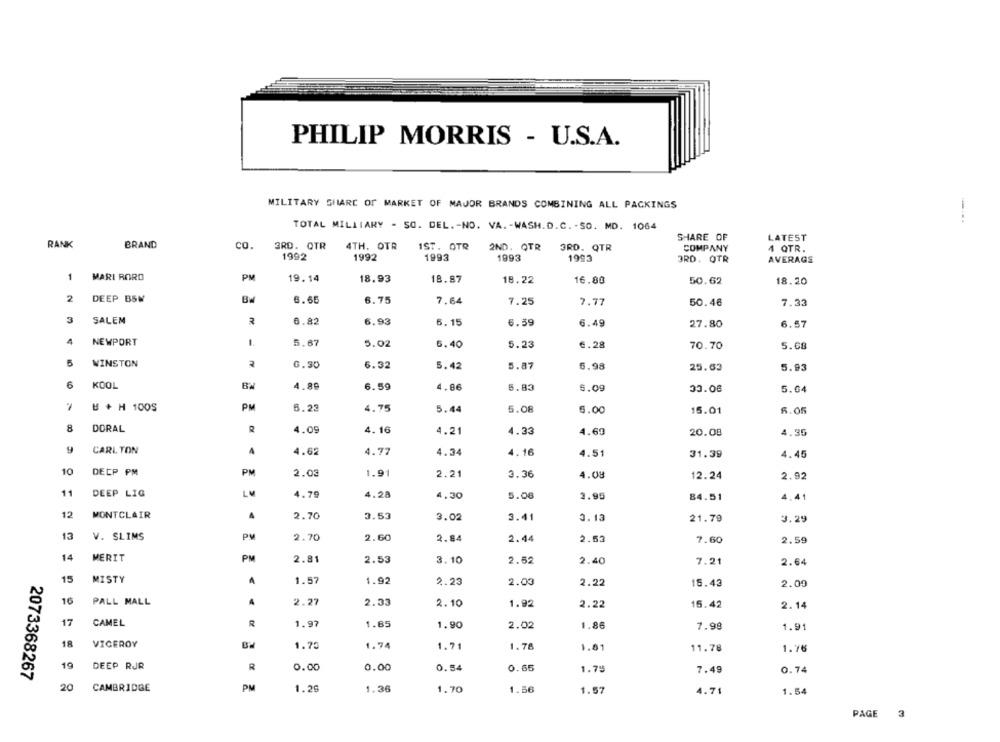
PHILIP MORRIS - U.S.A.
MILITARY SHARE OF MARKET OF MAJOR BRANDS COMBINING ALL PACKINGS
TOTAL MILLIARY - SO. DEL .- NO. VA. - WASH.D.C. - SO. MD. 1064
SHARE OF
LATEST
RANK
BRAND
CO.
4TH. OTR
3RD. QTR
1ST. OTR
2ND. QTR
3RD. QTR
COMPANY
4 QTR.
1992
1992
1993
1993
1993
3RD. QTR
AVERAGE
1
MARI RORO
PM
19.14
18.93
18.87
18.22
16.80
50.62
18.20
2
DEEP BSW
6.65
6.75
7.64
7.25
7.77
50.46
7.33
3
SALEM
6.82
6.93
6.15
6.39
6.49
27.80
6.57
4
NEWPORT
1
5.67
5.02
5.40
5.23
€.28
70.70
5.68
5
WINSTON
6.90
6.32
5.42
5.87
5.98
25.63
5.93
6
KOOL
BW
4.89
6.59
4.86
5.83
5.09
30.08
5.64
H + H 1005
PM
6.23
4.75
5.44
5.08
6.00
15.01
5.05
8
DORAL
4.09
4.16
4.21
4.33
4.69
20.08
4.35
CARL TON
4.62
4.77
4.34
4.16
4.51
31.39
4.45
10
DECP PM
PM
2.03
1.91
2.21
3.36
4.08
12.24
2.92
11
DEEP LIG
LM
4.70
4.28
4.30
5.08
2.95
84.51
4.41
12
MONTCLAIR
A
2.70
3.53
3.02
3.41
3.13
21.79
3.29
13
V. SLIMS
PM
2.70
2.60
2.84
2.44
2.63
7.60
2.59
14
MERIT
PM
2.81
2.53
3.10
2.52
2.40
7.21
2.64
15
MISTY
1.57
1.92
2.23
2.00
2.22
15.43
2.09
16
PALL MALL
2.27
2.33
2.10
1.92
2.22
15.42
2.14
17
CAMEL
R
1.97
1.85
1.90
2.02
1.86
7.98
1.91
18
VICEROY
BH
1.75
1.74
1.71
1.78
1.81
11.78
1.76
19
DEEP RJR
R
0.00
0.00
0.54
0.65
1.79
2073368267
7.49
0.74
20
CAMBRIDGE
PM
1.29
1.36
1.70
1.56
1.57
4.71
1.54
PAGE